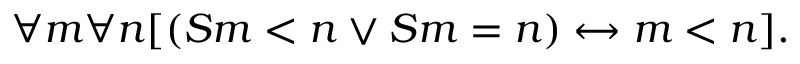
\forall m \forall n [ ( S m < n \lor S m = n ) \leftrightarrow m < n ] .